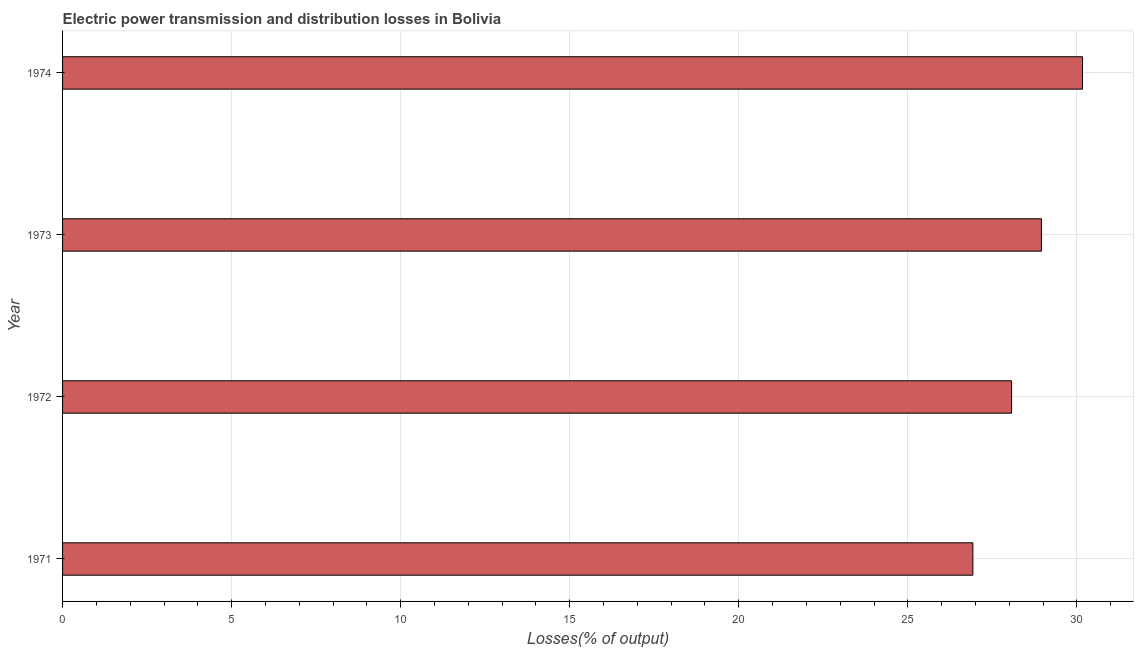
| Year | Electric power transmission and distribution losses |
 | --- | --- |
 | 1971 | 26.9 |
 | 1972 | 28.1 |
 | 1973 | 28.9 |
 | 1974 | 30.2 |